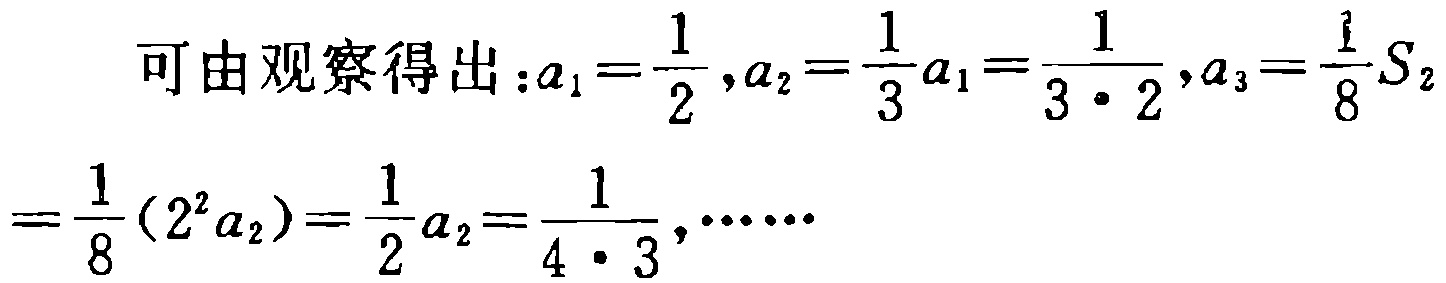
可由观察得出：\(a_{1}=\frac{1}{2},a_{2}=\frac{1}{3}a_{1}=\frac{1}{3\cdot2},a_{3}=\frac{1}{8}S_{2}=\frac{1}{8}(2^{2}a_{2})=\frac{1}{2}a_{2}=\frac{1}{4\cdot3},\cdots\cdots\)